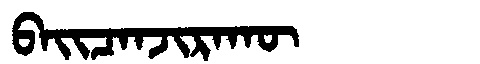
Manchu: ᠪᠠᡳᠴᠠᠨᠵᡳᡵᠠᡴᡡ
Romanization: BAICANJIRAKŪ